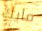
مايك